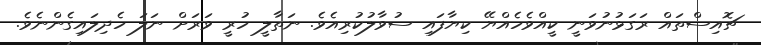
ޗޮއިސްތައް ރަގަޅުނުވަނީ ކީއްވެހެއްޔޭ ކިޔާފައި ސުވާލުކުރިއެވެ. ނަތާލީ ހުރީ ވަރަށް ނަލަ ހެދިލައިގެންނެވެ.